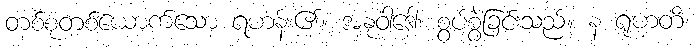
တစ်စုံတစ်ယောက်သော ရဟန်း၏။ အနုဝါဒေါ၊ စွပ်စွဲခြင်းသည်။ န ရုဟတိ၊